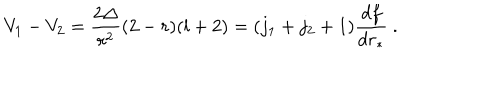
V _ { 1 } - V _ { 2 } = \frac { 2 \Delta } { r ^ { 2 } } ( 2 - r ) ( l + 2 ) = ( j _ { 1 } + j _ { 2 } + 1 ) \frac { d f } { d r _ { * } } \ .